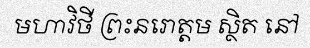
មហាវិថី ព្រះនរោត្តម ស្ថិត នៅ